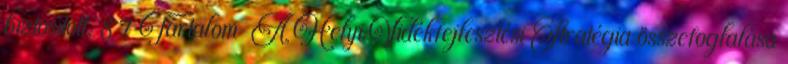
biztosított. 8 7 Tartalom ▪A Helyi Vidékfejlesztési Stratégia összefoglalása